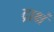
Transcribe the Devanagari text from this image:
द्राक्षं